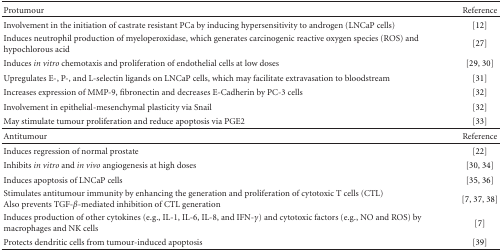
| Protumour | Reference |
 | --- | --- |
 | Involvement in the initiation of castrate resistant PCa by inducing hypersensitivity to androgen (LNCaP cells) | [12] |
 | Induces neutrophil production of myeloperoxidase, which generates carcinogenic reactive oxygen species (ROS) and hypochlorous acid | [27] |
 | Induces in vitro chemotaxis and proliferation of endothelial cells at low doses | [29, 30] |
 | Upregulates E-, P-, and L-selectin ligands on LNCaP cells, which may facilitate extravasation to bloodstream | [31] |
 | Increases expression of MMP-9, fibronectin and decreases E-Cadherin by PC-3 cells | [32] |
 | Involvement in epithelial-mesenchymal plasticity via Snail | [32] |
 | May stimulate tumour proliferation and reduce apoptosis via PGE2 | [33] |
 | Antitumour | Reference |
 | Induces regression of normal prostate | [22] |
 | Inhibits in vitro and in vivo angiogenesis at high doses | [30, 34] |
 | Induces apoptosis of LNCaP cells | [35, 36] |
 | Stimulates antitumour immunity by enhancing the generation and proliferation of cytotoxic T cells (CTL) Also prevents TGF-β-mediated inhibition of CTL generation | [7, 37, 38] |
 | Induces production of other cytokines (e.g., IL-1, IL-6, IL-8, and IFN-γ) and cytotoxic factors (e.g., NO and ROS) by macrophages and NK cells | [7] |
 | Protects dendritic cells from tumour-induced apoptosis | [39] |